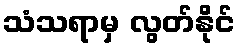
သံသရာမှ လွတ်နိုင်